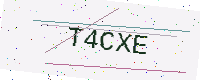
Text: T4CXE